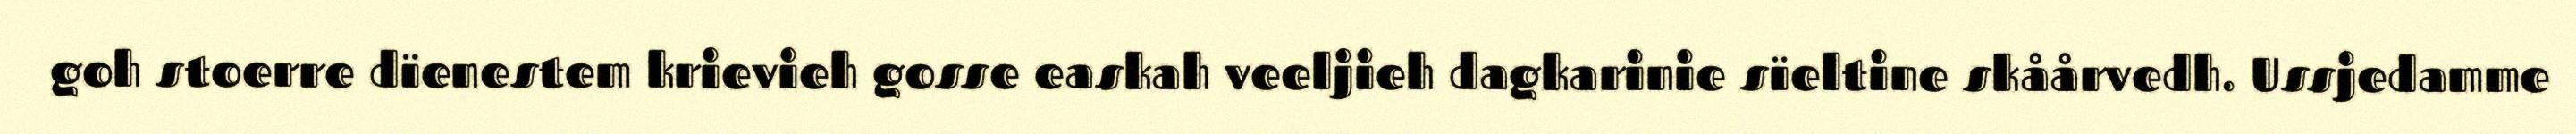
goh stoerre dïenestem krievieh gosse easkah veeljieh dagkarinie sïeltine skåårvedh. Ussjedamme